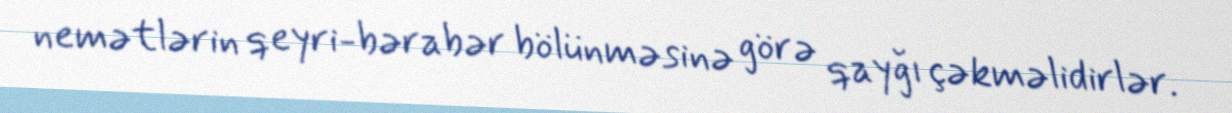
nemətlərin qeyri-bərabər bölünməsinə görə qayğı çəkməlidirlər.